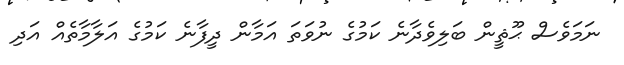
ނަމަވެސް ޙޫޘީން ބަލިވެދާނެ ކަމުގެ ނުވަތަ އަމާން ދީފާނެ ކަމުގެ އަލާމާތެއް އަދި